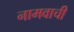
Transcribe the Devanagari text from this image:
नामवाची